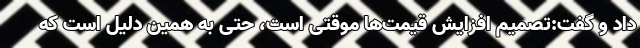
داد و گفت:تصمیم افزایش قیمت‌ها موقتی است، حتی به همین دلیل است که